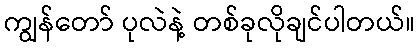
ကျွန်တော် ပုလဲနဲ့ တစ်ခုလိုချင်ပါတယ်။